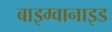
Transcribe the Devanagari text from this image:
बाइग्वानाइड